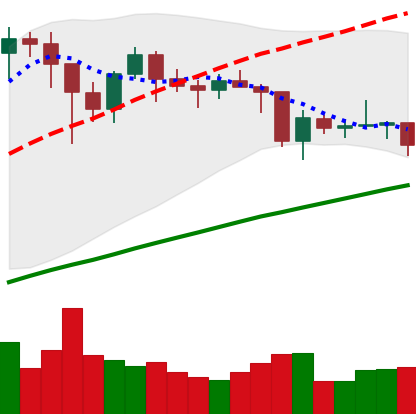
Ticker: BTC-USD
Chart end date: 2021-01-27
Forward return: 10.202%
Label: up_7plus